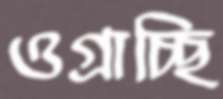
ওগ্‌রাচ্ছি